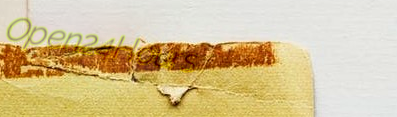
Open24Hours